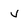
Character: v